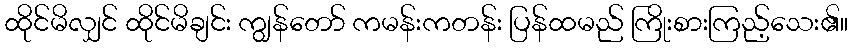
ထိုင်မိလျှင် ထိုင်မိချင်း ကျွန်တော် ကမန်းကတန်း ပြန်ထမည် ကြိုးစားကြည့်သေး၏။